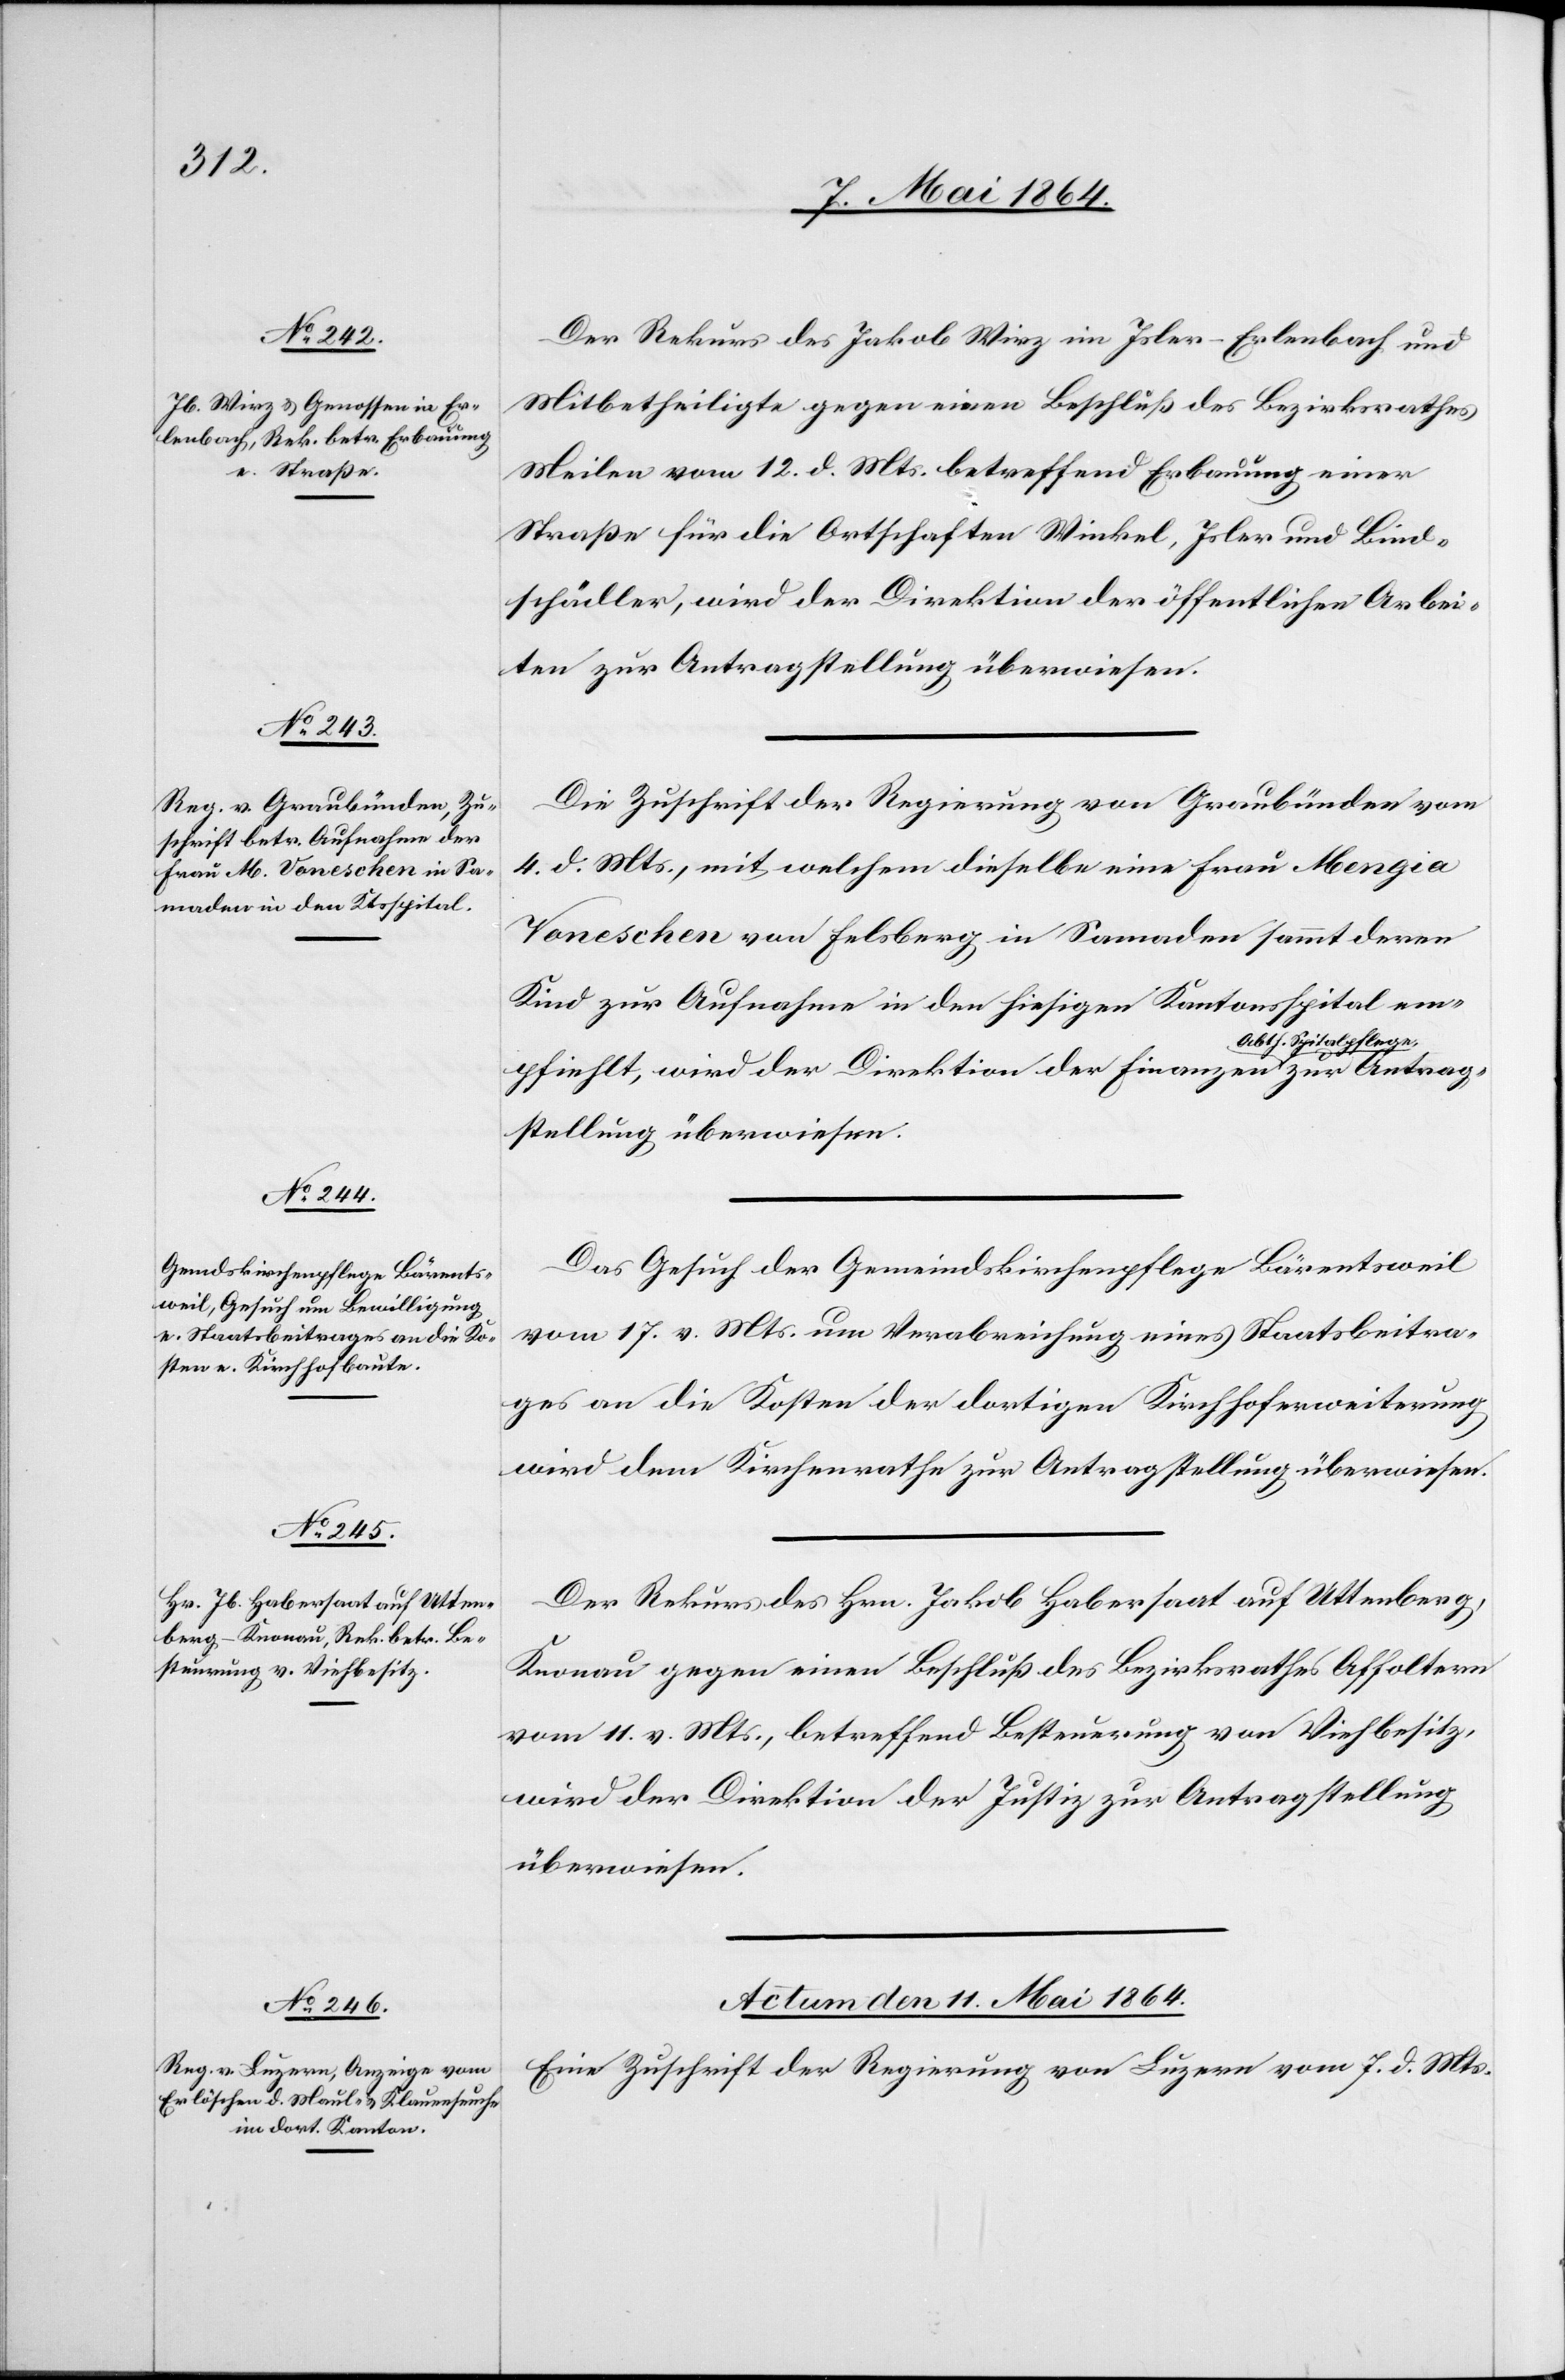
Der Rekurs des Jakob Wirz im Isler-Erlenbach und
Mitbetheiligte gegen einen Beschluß des Bezirksrathes
Meilen vom 12. d. Mts. betreffend Erbauung einer
Straße für die Ortschaften Winkel, Isler und Bind¬
schädler, wird der Direktion der öffentlichen Arbei¬
e zur Antragstellung überwiesen.
Die Zuschrift der Regierung von Graubünden vom
4. d. Mts., mit welchem [sic!] dieselbe eine Frau Mengia
Voneschen von Felsberg in Samaden sammt deren
Kind zur Aufnahme in den hiesigen Kantonsspital em¬
Spitalpfleg¬
pfiehlt, wird der Direktion der Finanzen Abth.,
Das Gesuch der Gemeindskirchenpflege Bärentsweil
vom 17. v. Mts. um Verabreichung eines Staatsbeitra¬
ges an die Kosten der dortigen Kirchhoferweiterung
wird dem Kirchenrathe zur Antragstellung überwiesen.
Der Rekurs der Hrn. Jakob Habersaat auf Uttenberg,
Knonau gegen einen Beschluß des Bezirksrathes Affoltern
vom 11. v. Mts., betreffend Besteuerung von Viehbesitz,
wird der Direktion der Justiz zur Antragstellung
überwiesen.
Actum den 11. Mai 1864.
Eine Zuschrift der Regierung von Luzern vom 7. d. Mts.